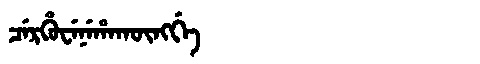
Manchu: ᠴᡝᡵᡥᡠᠸᡝᠨᡝᡥᠠᡴᡡᠩᡤᡝ
Romanization: CERHUWENEHAKŪNGGE